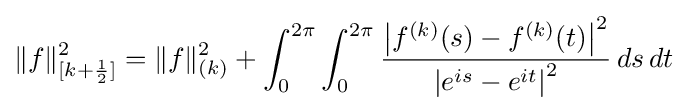
\|f\|_{[k+{\frac {1}{2}}]}^{2}=\|f\|_{(k)}^{2}+\int _{0}^{2\pi }\int _{0}^{2\pi }{\frac {\left|f^{(k)}(s)-f^{(k)}(t)\right|^{2}}{\left|e^{is}-e^{it}\right|^{2}}}\,ds\,dt